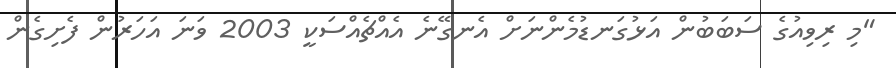
"މި ރިވިއުގެ ސަބަބުން އަޅުގަނޑުމެންނަށް އެނގޭނެ އެއްޗެއްސަކީ 2003 ވަނަ އަހަރުން ފެށިގެން